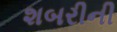
શબરીની